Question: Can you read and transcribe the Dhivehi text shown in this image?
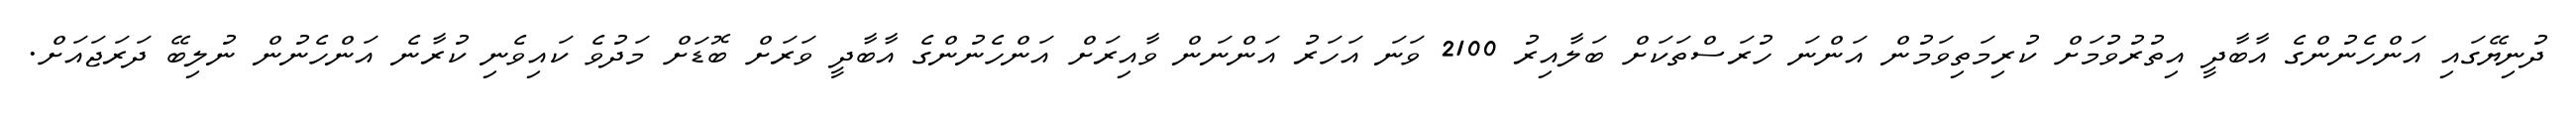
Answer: ދުނިޔޭގައި އަންހެނުންގެ އާބާދީ އިތުރުވުމަށް ކުރިމަތިވަމުން އަންނަ ހުރަސްތަކަށް ބަލާއިރު 2100 ވަނަ އަހަރު އަންނަން ވާއިރަށް އަންހެނުންގެ އާބާދީ ވަރަށް ބޮޑަށް މަދުވެ ކައިވެނި ކުރާނެ އަންހެނުން ނުލިބޭ ދަރަޖައަށް.